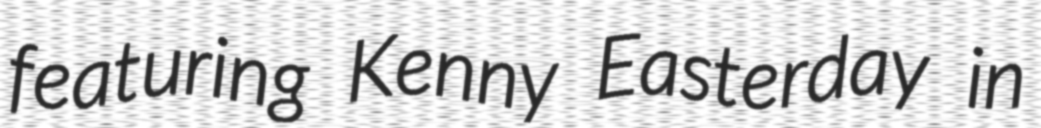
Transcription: featuring Kenny Easterday in